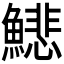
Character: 𩻺